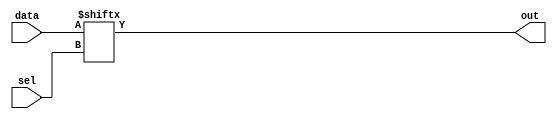
module mux2(out, data, sel);
input [1:0] data; 
input sel; 
output out; 

assign out = data[sel]; 
endmodule